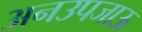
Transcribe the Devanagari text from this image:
अनउपजाऊ